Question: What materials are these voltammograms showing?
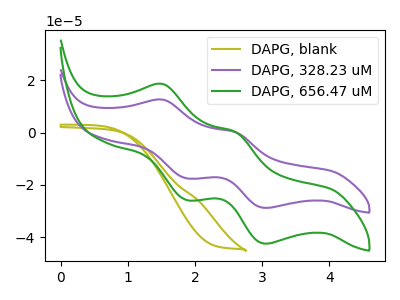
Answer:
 <answer>The olive curve is labeled "DAPG, blank". The purple curve is labeled "DAPG, 328.23 uM". The green curve is labeled "DAPG, 656.47 uM".</answer>
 <eval></eval>